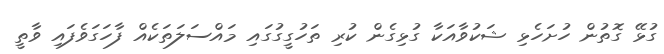
ގުޅޭ ގޮތުން ހުށަހެޅި ޝަކުވާއަކާ ގުޅިގެން ކުރި ތަހުގީގުގައި މައްސަލަތަކެއް ފާހަގަވެފައި ވާތީ